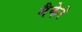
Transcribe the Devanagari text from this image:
मैकेरे